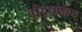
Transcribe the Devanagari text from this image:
वौद्धनाथ